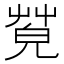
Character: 𦯦